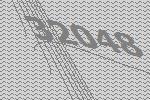
32048